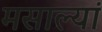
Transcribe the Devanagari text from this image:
मसाल्यां